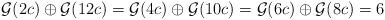
LaTeX: \begin{align*} \mathcal{G}(2c) \oplus \mathcal{G}(12c) = \mathcal{G}(4c) \oplus \mathcal{G}(10c) = \mathcal{G}(6c) \oplus \mathcal{G}(8c) = 6\end{align*}